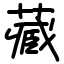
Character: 𫟖